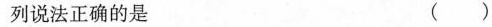
列说法正确的是 ( )